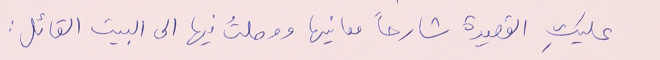
عليكِ القصيدة شارحاً معانيها ووصلتُ فيها الى البيت القائل :